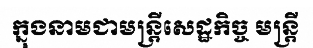
ក្នុងនាមជាមន្ត្រីសេដ្ឋកិច្ច មន្ត្រី